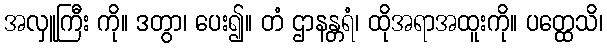
အလှူကြီး ကို။ ဒတွာ၊ ပေး၍။ တံ ဌာနန္တရံ၊ ထိုအရာအထူးကို။ ပတ္ထေသိ၊